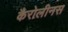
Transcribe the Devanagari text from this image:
कैरोलीनस